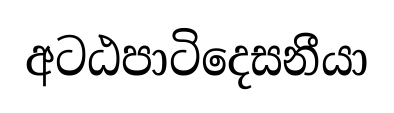
අටඨපාටිදෙසනීයා